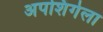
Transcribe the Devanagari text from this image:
अपशिंगेला